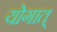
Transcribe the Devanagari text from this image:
योगात्